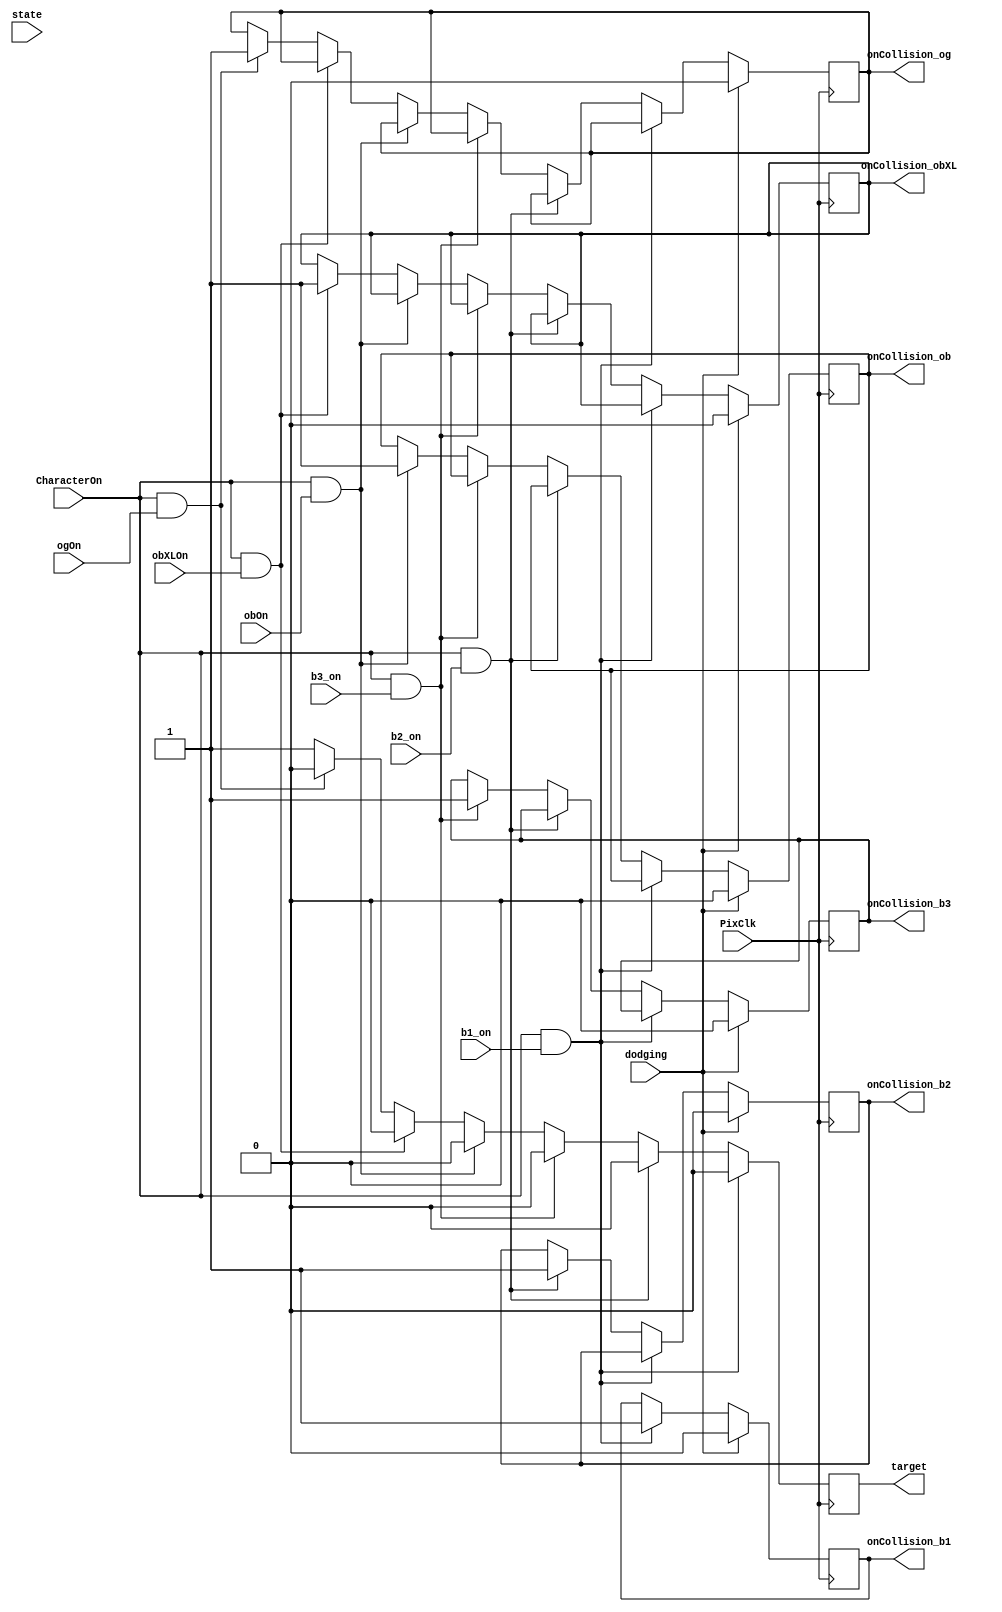
`timescale 1ns / 1ps
//////////////////////////////////////////////////////////////////////////////////
// Company: 
// Engineer: 
// 
// Design Name: 
// Module Name: OnCollision
// Project Name: 
// Target Devices: 
// Tool Versions: 
// Description: 
// 
// Dependencies: 
// 
// Revision:
// Revision 0.01 - File Created
// Additional Comments:
// 
//////////////////////////////////////////////////////////////////////////////////


module OnCollision(
    input wire PixClk,
    input wire b1_on,
    input wire b2_on,
    input wire b3_on,
    input wire obOn,
    input wire obXLOn,
    input wire ogOn,
    input wire CharacterOn,
    output reg target,
    output reg onCollision_b1,
    output reg onCollision_b2,
    output reg onCollision_b3,
    output reg onCollision_ob,
    output reg onCollision_obXL,
    output reg onCollision_og,
    input wire state,
    input wire dodging
    );
    
    initial onCollision_b1 = 0;
    initial onCollision_b2 = 0;
    initial onCollision_b3 = 0;
    initial onCollision_ob = 0;
    initial onCollision_obXL = 0;
    initial onCollision_og = 0;
    
    always@(posedge PixClk)
    begin
         if(CharacterOn == 1 && b1_on ==1)
            begin
                target <= 0;
                onCollision_b1 <= 1;
            end
        else if(CharacterOn == 1 && b2_on ==1)
            begin
                target <= 0;
                onCollision_b2 <= 1;
            end
        else if(CharacterOn == 1 && b3_on ==1)
            begin
                target <= 0;
                onCollision_b3 <= 1;
            end
        else if(CharacterOn == 1 && obOn ==1) //crash obstacle
            begin
                target <= 0;
                onCollision_ob <= 1;
            end
        else if(CharacterOn == 1 && obXLOn ==1) //crash obstacle
            begin
                target <= 0;
                onCollision_obXL <= 1;
            end
        else if(CharacterOn == 1 && ogOn ==1) //crash obstacle
            begin
                target <= 0;
                onCollision_og <= 1;
            end
        else
            begin
                target <= 1;
            end
        
        if(state == 2 || dodging == 1)
            begin
                onCollision_b1 <= 0;
                onCollision_b2 <= 0;
                onCollision_b3 <= 0;
                onCollision_ob <= 0;
                onCollision_obXL <= 0;
                onCollision_og <= 0;
            end
    end
    
endmodule